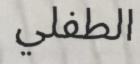
الطفلي